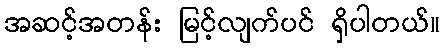
အဆင့်အတန်း မြင့်လျက်ပင် ရှိပါတယ်။